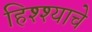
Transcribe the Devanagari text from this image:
हिश्श्याचे